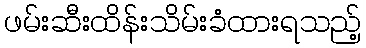
ဖမ်းဆီးထိန်းသိမ်းခံထားရသည့်